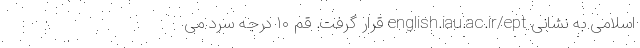
اسلامی به نشانی english.iau.ac.ir/ept قرار گرفت. قم ۱۰ درجه سرد می